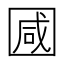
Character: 𭍩